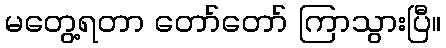
မတွေ့ရတာ တော်တော် ကြာသွားပြီ။